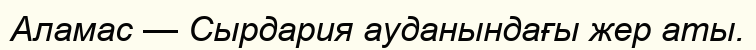
Аламас — Сырдария ауданындағы жер аты.